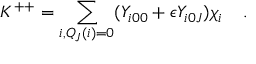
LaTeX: K ^ { + + } = \sum _ { i , Q _ { J } ( i ) = 0 } ( { Y } _ { i 0 0 } + \epsilon { Y } _ { i 0 J } ) { { \chi } } _ { i } \; \; \; \; .